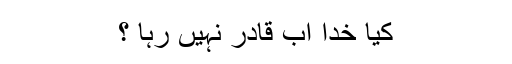
کیا خدا اب قادر نہیں رہا ؟